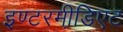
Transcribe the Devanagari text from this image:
इण्टरमी़डिएट